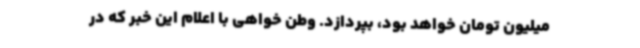
میلیون تومان خواهد بود، بپردازد. وطن خواهی با اعلام این خبر که در